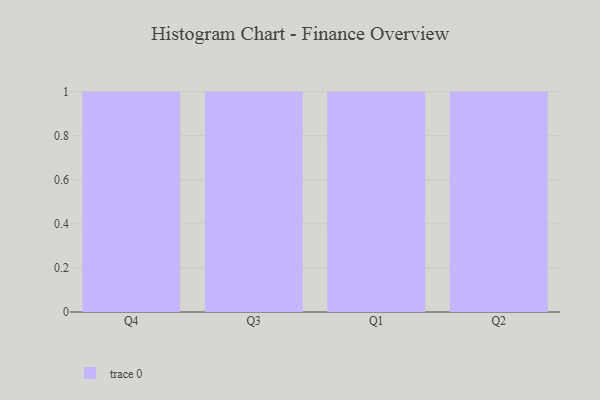
{"axis": {"x": "Quarter", "y": "Active Users"}, "legend": [""], "data": [{"x": "Q4", "y": 53, "type": ""}, {"x": "Q3", "y": 91, "type": ""}, {"x": "Q1", "y": 84, "type": ""}, {"x": "Q2", "y": 46, "type": ""}]}